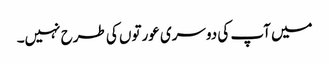
میں آپ کی دوسری عورتوں کی طرح نہیں۔